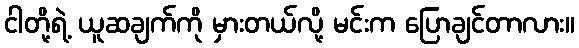
ငါတို့ရဲ့ ယူဆချက်ကို မှားတယ်လို့ မင်းက ပြောချင်တာလား။